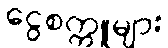
ငွေစက္ကူများ